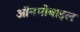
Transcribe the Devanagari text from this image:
ऑनमोबाइल